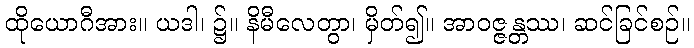
ထိုယောဂီအား။ ယဒါ၊ ၌။ နိမီလေတွာ၊ မှိတ်၍။ အာဝဇ္ဇန္တဿ၊ ဆင်ခြင်စဉ်။